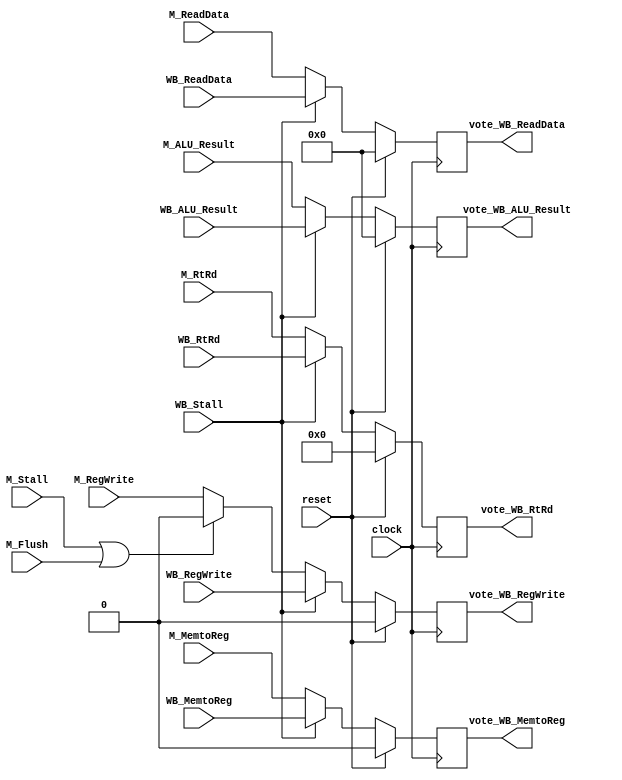
module MEMWB_Stage(
    input  clock,
    input  reset,
    input  M_Flush,
    input  M_Stall,
    input  WB_Stall,
    input  M_RegWrite,
    input  M_MemtoReg,
    input  [31:0] M_ReadData,
    input  [31:0] M_ALU_Result,
    input  [4:0]  M_RtRd,
    input WB_RegWrite,
    input WB_MemtoReg,
    input [31:0] WB_ReadData,
    input [31:0] WB_ALU_Result,
    input [4:0]  WB_RtRd,
	 output reg vote_WB_RegWrite,
    output reg vote_WB_MemtoReg,
    output reg [31:0] vote_WB_ReadData,
    output reg [31:0] vote_WB_ALU_Result,
    output reg [4:0]  vote_WB_RtRd
    );
    always @(posedge clock) begin
        vote_WB_RegWrite   <= (reset) ? 1'b0  : ((WB_Stall) ? WB_RegWrite   : ((M_Stall | M_Flush) ? 1'b0 : M_RegWrite));
        vote_WB_MemtoReg   <= (reset) ? 1'b0  : ((WB_Stall) ? WB_MemtoReg                                 : M_MemtoReg);
        vote_WB_ReadData   <= (reset) ? 32'b0 : ((WB_Stall) ? WB_ReadData                                 : M_ReadData);
        vote_WB_ALU_Result <= (reset) ? 32'b0 : ((WB_Stall) ? WB_ALU_Result                               : M_ALU_Result);
        vote_WB_RtRd       <= (reset) ? 5'b0  : ((WB_Stall) ? WB_RtRd                                     : M_RtRd);
    end
endmodule